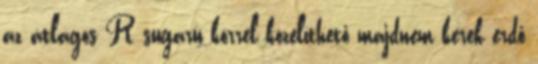
az átlagos R sugarú körrel közelíthető majdnem kerek erdő